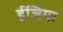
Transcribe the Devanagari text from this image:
ईजिया